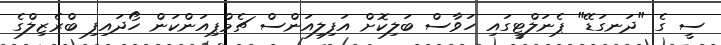
ސީ ގެ "ދަނގަޑޭ" ޕެނަލްޓީގައި ހަވާސް ބަލިކޮށް އަފިލިއަންސް ޗެމްޕިއަންކަން ހޯދައިފި ބްރެޒިލްގެ